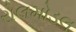
રોલમોડલ